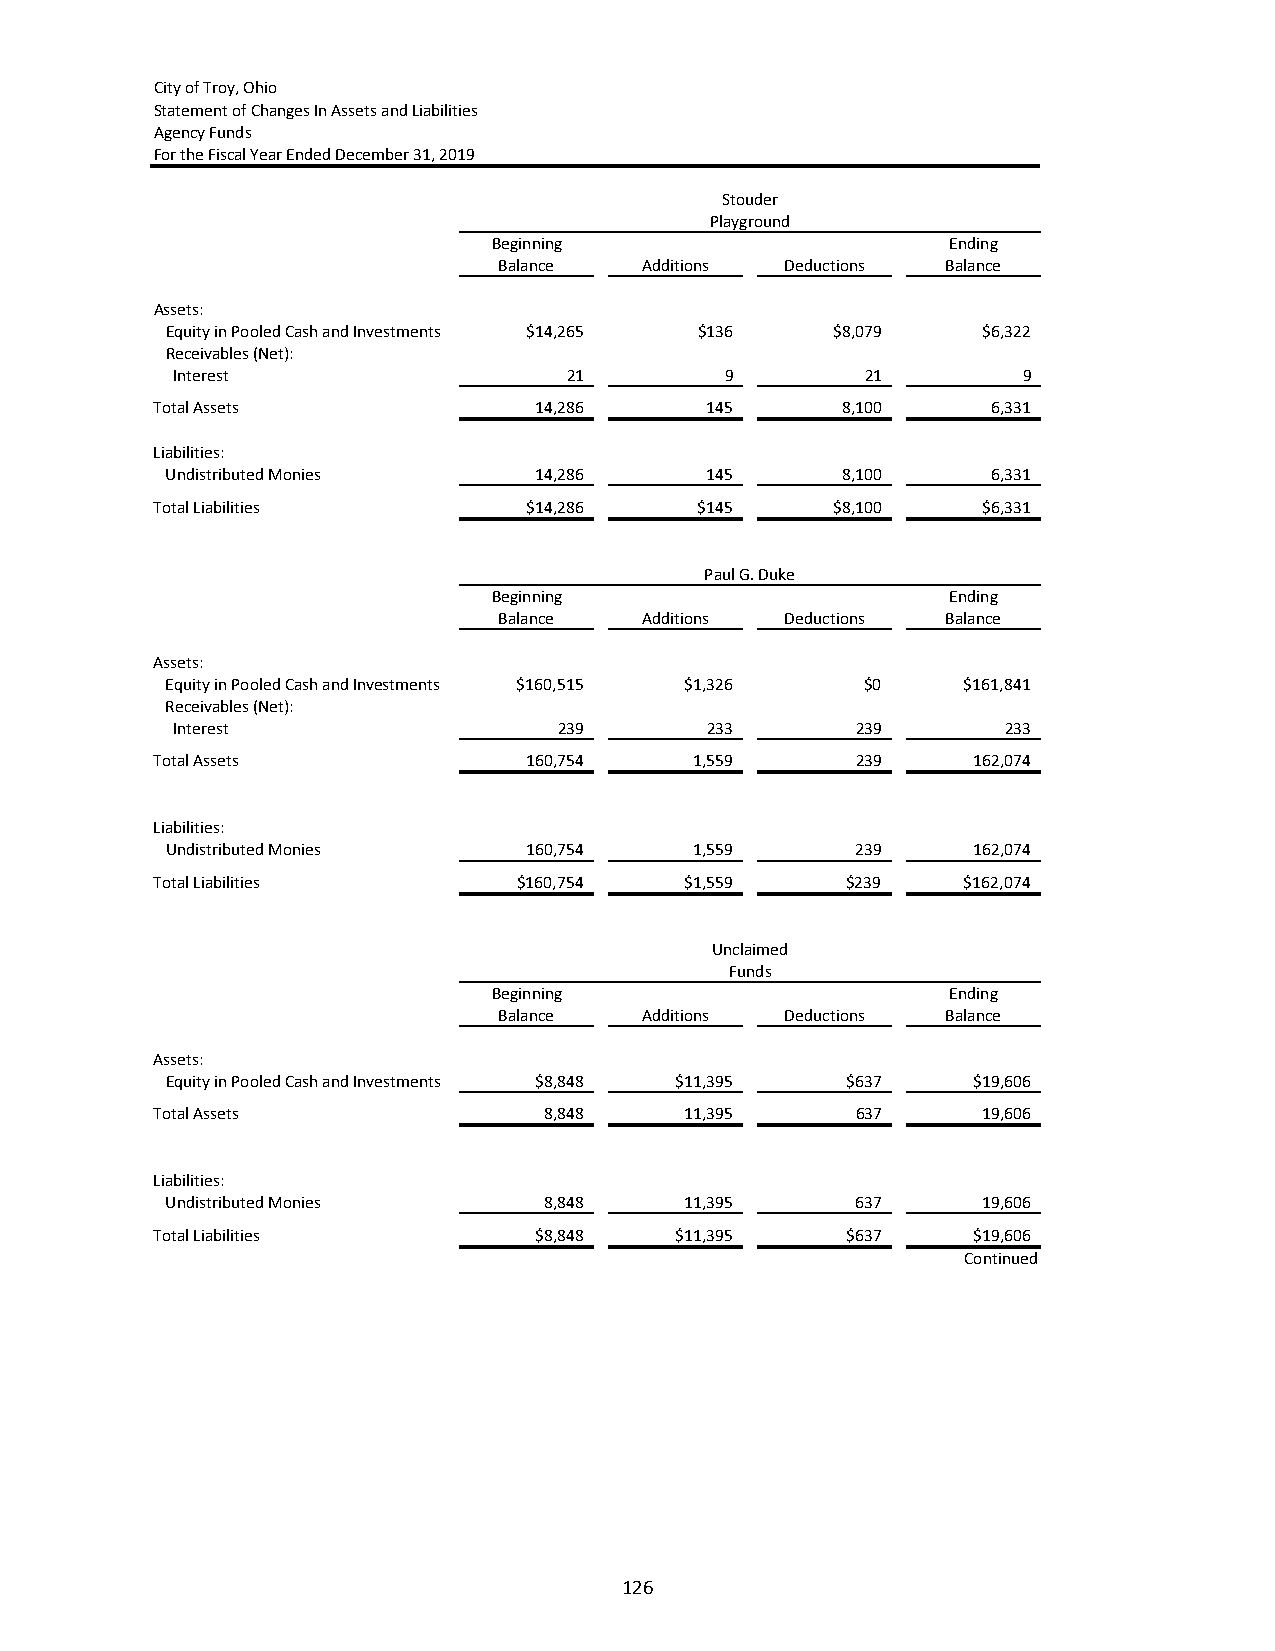
City of Troy, Ohio
 Statement of Changes In Assets and Liabilities
 Agency Funds
 For the Fiscal Year Ended December 31, 2019
 Stouder
 Playground
 Beginning                     Ending
 Balance   Additions Deductions Balance
 Assets:
 Equity in Pooled Cash and Investments $14,265 $136 $8,079 $6,322
 Receivables (Net):
 Interest                   21        9        21         9
 Total Assets             14,286      145      8,100     6,331
 Liabilities:
 Undistributed Monies    14,286      145      8,100     6,331
 Total Liabilities        $14,286    $145     $8,100    $6,331
 Paul G. Duke
 Beginning                     Ending
 Balance   Additions Deductions Balance
 Assets:
 Equity in Pooled Cash and Investments $160,515 $1,326 $0 $161,841
 Receivables (Net):
 Interest                  239       233       239       233
 Total Assets             160,754    1,559      239    162,074
 Liabilities:
 Undistributed Monies    160,754    1,559      239    162,074
 Total Liabilities       $160,754   $1,559     $239    $162,074
 Unclaimed
 Funds
 Beginning                     Ending
 Balance   Additions Deductions Balance
 Assets:
 Equity in Pooled Cash and Investments $8,848 $11,395 $637 $19,606
 Total Assets              8,848    11,395      637     19,606
 Liabilities:
 Undistributed Monies     8,848    11,395      637     19,606
 Total Liabilities        $8,848    $11,395    $637    $19,606
 Continued
 126